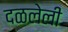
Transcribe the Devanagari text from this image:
दळलेली